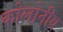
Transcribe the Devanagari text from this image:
कोलोनीय